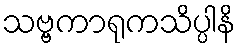
သဗ္ဗကာရုကသိပ္ပါနိ